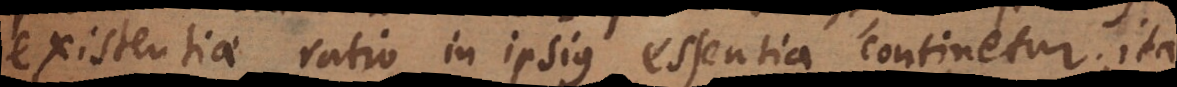
existentiae ratio in ipsius essentia continetur; ita